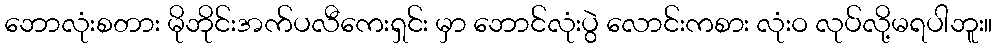
ဘောလုံးစတား မိုဘိုင်းအက်ပလီကေးရှင်း မှာ ဘောင်လုံးပွဲ လောင်းကစား လုံးဝ လုပ်လို့မရပါဘူး။